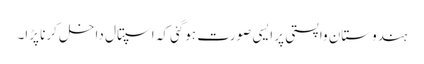
ہندوستان واپستی پر ایسی صورت ہوگئی کہ اسپتال داخل کرنا پڑا۔